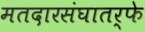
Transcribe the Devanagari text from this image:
मतदारसंघातर्फे